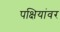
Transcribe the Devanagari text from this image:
पक्षियांवर